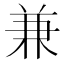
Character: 兼